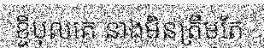
ខ្ចីបុលគេ នាងមិនត្រឹមតែ